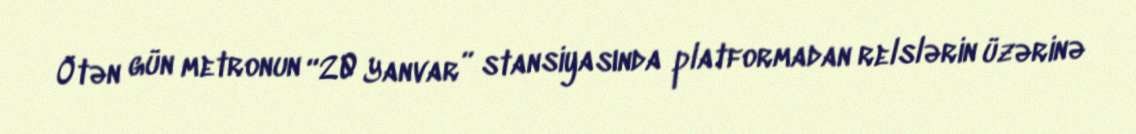
Ötən gün metronun “20 Yanvar” stansiyasında platformadan relslərin üzərinə